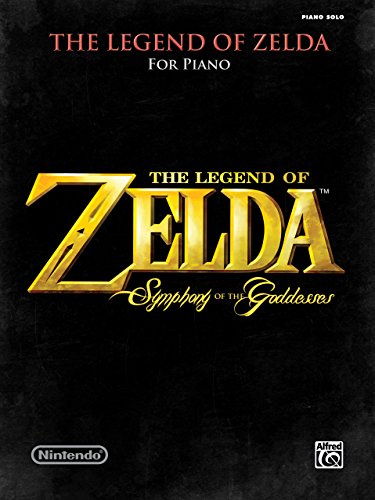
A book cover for The Legend of Zelda Symphony of the Goddesses: Piano Solos; Koji Kondo; Humor & Entertainment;